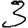
Digit: 3